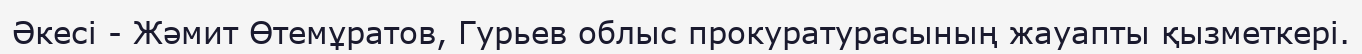
Әкесі - Жәмит Өтемұратов, Гурьев облыс прокуратурасының жауапты қызметкері.